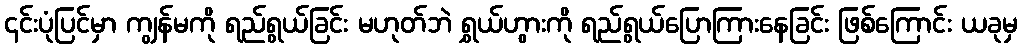
၎င်းပုံပြင်မှာ ကျွန်မကို ရည်ရွယ်ခြင်း မဟုတ်ဘဲ ရွှယ်ဟွားကို ရည်ရွယ်ပြောကြားနေခြင်း ဖြစ်ကြောင်း ယခုမှ